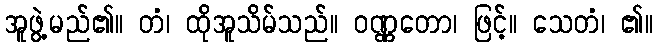
အူဖွဲ့မည်၏။ တံ၊ ထိုအူသိမ်သည်။ ဝဏ္ဏတော၊ ဖြင့်။ သေတံ၊ ၏။